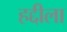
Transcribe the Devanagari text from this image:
हद्दीला